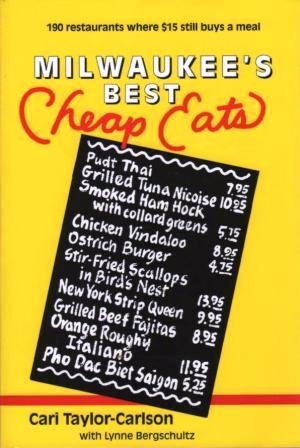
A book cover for Milwaukee's Best Cheap Eats; Cari Taylor-Carlson; Travel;